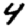
Digit: 4